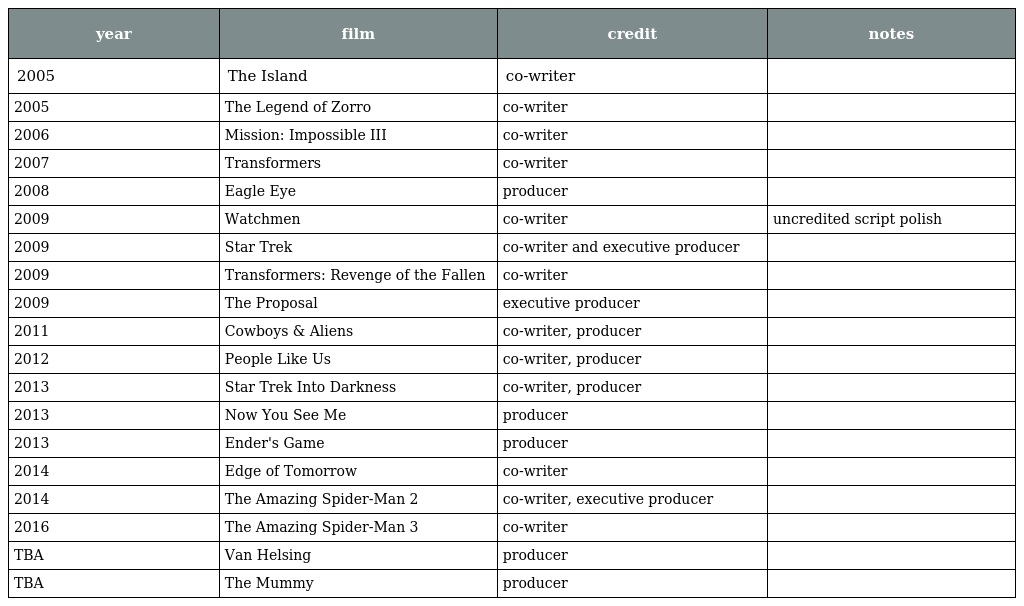
| year | film | credit | notes |
 | --- | --- | --- | --- |
 | 2005 | The Island | co-writer |  |
 | 2005 | The Legend of Zorro | co-writer |  |
 | 2006 | Mission: Impossible III | co-writer |  |
 | 2007 | Transformers | co-writer |  |
 | 2008 | Eagle Eye | producer |  |
 | 2009 | Watchmen | co-writer | uncredited script polish |
 | 2009 | Star Trek | co-writer and executive producer |  |
 | 2009 | Transformers: Revenge of the Fallen | co-writer |  |
 | 2009 | The Proposal | executive producer |  |
 | 2011 | Cowboys & Aliens | co-writer, producer |  |
 | 2012 | People Like Us | co-writer, producer |  |
 | 2013 | Star Trek Into Darkness | co-writer, producer |  |
 | 2013 | Now You See Me | producer |  |
 | 2013 | Ender's Game | producer |  |
 | 2014 | Edge of Tomorrow | co-writer |  |
 | 2014 | The Amazing Spider-Man 2 | co-writer, executive producer |  |
 | 2016 | The Amazing Spider-Man 3 | co-writer |  |
 | TBA | Van Helsing | producer |  |
 | TBA | The Mummy | producer |  |